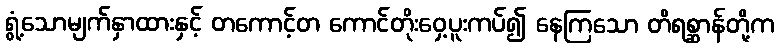
ရွံ့သောမျက်နှာထားနှင့် တကောင့်တ ကောင်တိုးဝှေ့ပူးကပ်၍ နေကြသော တိရစ္ဆာန်တို့က